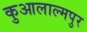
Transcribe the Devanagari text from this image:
कुआलाल्मपुर